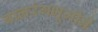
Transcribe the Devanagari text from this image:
बालरंगभूमीने